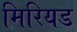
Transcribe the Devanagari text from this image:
मिरियड